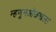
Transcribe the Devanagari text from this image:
म्हणूनओळखला